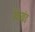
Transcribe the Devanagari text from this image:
रेवाखंड